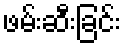
ဖမ်းဆီးခြင်း